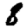
Digit: 8